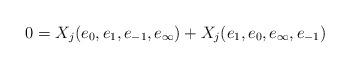
LaTeX: \begin{align*}0=X_j(e_0,e_1,e_{-1},e_\infty)+X_j(e_1,e_0,e_\infty,e_{-1})\end{align*}